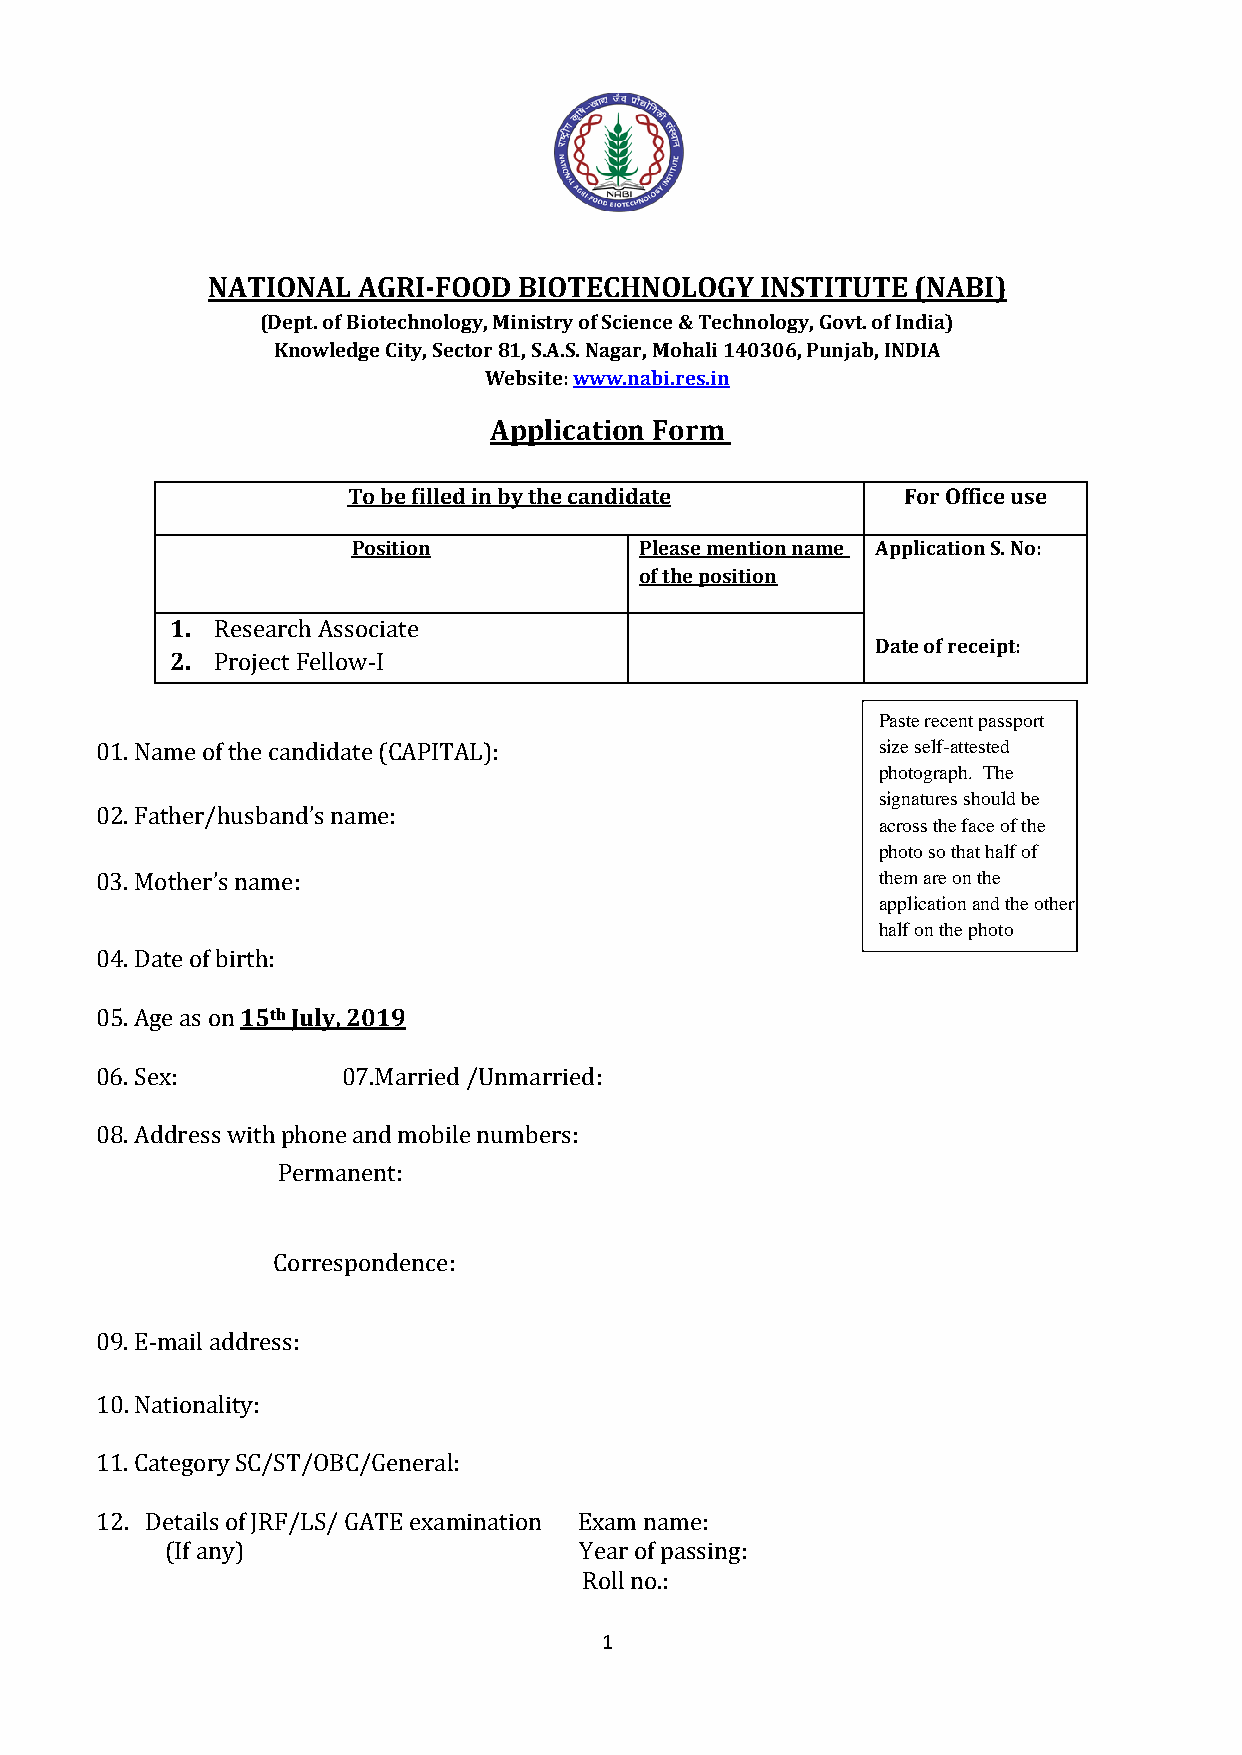
NATIONAL  AGRI-FOOD BIOTECHNOLOGY   INSTITUTE  (NABI)
 (Dept. of Biotechnology, Ministry of Science & Technology, Govt. of India)
 Knowledge City, Sector 81, S.A.S. Nagar, Mohali 140306, Punjab, INDIA
 Website: www.nabi.res.in
 Application Form
 To be filled in by the candidate     For Office use
 Position           Please mention name Application S. No:
 of the position
 1. Research Associate
 Date of receipt:
 2. Project Fellow-I
 Paste recent passport
 01. Name of the candidate (CAPITAL):                size self-attested
 photograph. The
 signatures should be
 02. Father/husband’s name:
 across the face of the
 photo so that half of
 03. Mother’s name:                                  them are on the
 application and the other
 half on the photo
 04. Date of birth:
 05. Age as on 15th July, 2019
 06. Sex:         07.Married /Unmarried:
 08. Address with phone and mobile numbers:
 Permanent:
 Correspondence:
 09. E-mail address:
 10. Nationality:
 11. Category SC/ST/OBC/General:
 12. Details of JRF/LS/ GATE examination Exam name:
 (If any)                   Year of passing:
 Roll no.:
 1